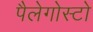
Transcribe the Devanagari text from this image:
पैलेगोस्टो